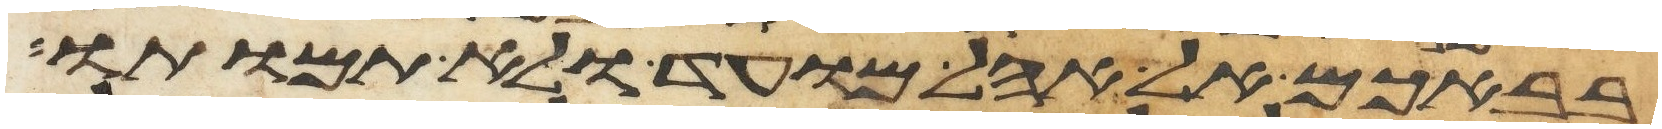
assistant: בבאכם אל אהל מועד ולא תמותו